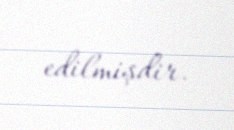
edilmişdir.